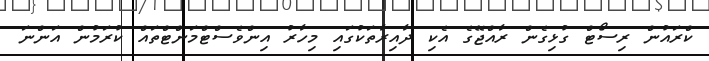
ކްރައުން ރިސޯޓް ގުޅިގެން ރާއްޖޭގެ އެކި ދާއިރާތަކުގައި މިހާރު އިންވެސްޓްމަންޓްތައް ކުރަމުން އަންނަ